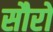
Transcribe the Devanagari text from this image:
सौरो